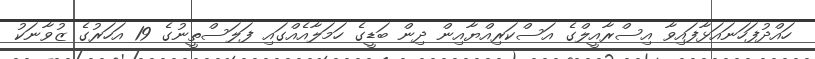
ހައްދުފަހަނައަޅާފައިވާ އިސްރާއީލްގެ އަސްކަރިއްޔާއިން ދިން ބަޑީގެ ހަމަލާއެއްގައި ފަލަސްތީނުގެ 19 އަހަރުގެ ޒުވާނަކު